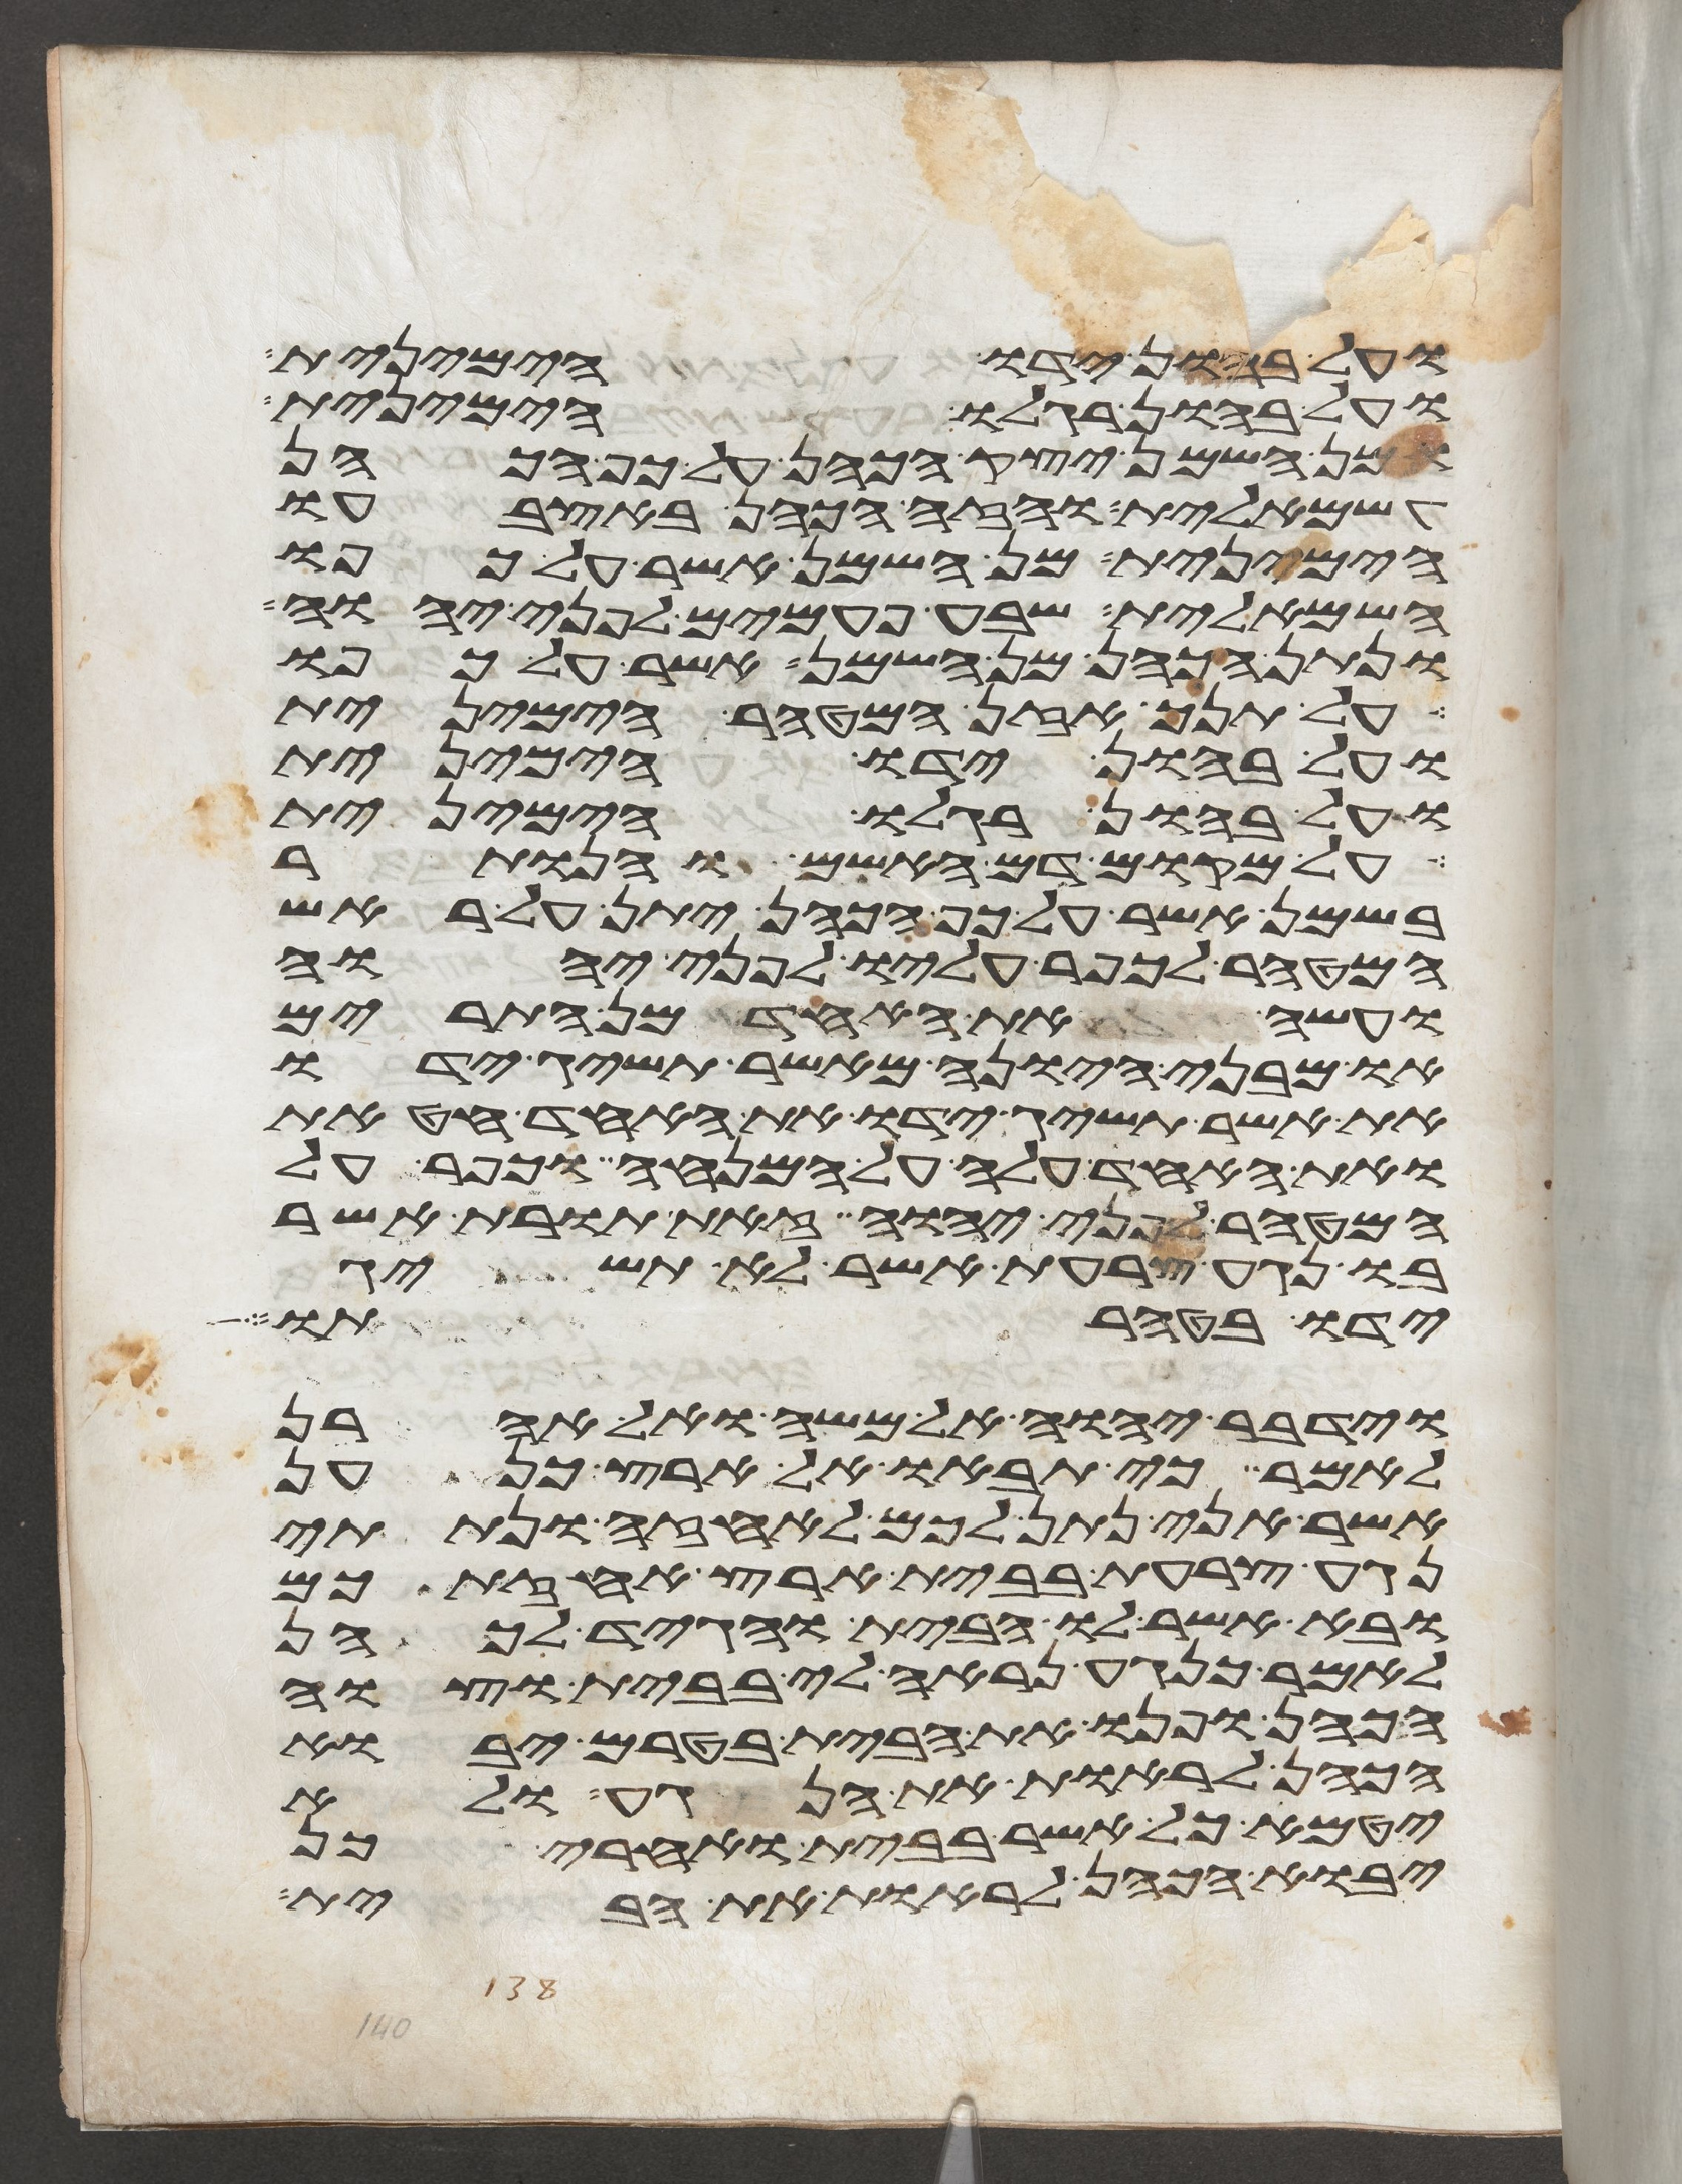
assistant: ועל בהון ידו הימנית
ועל בהון רגלו הימנית
ומן השמן יצק הכהן על כף הכהן
השמאלית והזה הכהן באצבעו
הימנית מן השמן אשר על כפו
השמאלית שבע פעמים לפני יהוה
ונתן הכהן מן השמן אשר על כפו
על תנך אזן המטהר הימנית
ועל בהון ידו הימנית
ועל בהון רגלו הימנית
על מקום דם האשם והנותר
בשמן אשר על כף הכהן יתן על ראש
המטהר לכפר עליו לפני יהוה
ועשה את האחד מן התרים
או מבני היונה מאשר תשיג ידו
את אשר תשיג ידו את האחד חטאת
ואת האחד עלה על המנחה וכפר על
המטהר לפני יהוה זאת תורת אשר
בו נגע צרעת אשר לא תשיג
ידו בטהרתו
וידבר יהוה אל משה ואל אהרן
לאמר כי תבאו אל ארץ כנען
אשר אני נתן לכם לאחזה ונתתי
נגע צרעת בבית ארץ אחזתכם
ובא אשר לו הבית והגיד לכהן
לאמר כנגע נראה לי בבית וצוה
הכהן ופנו את הבית בטרם יבוא
הכהן לראות את הנגע ולא
יטמא כל אשר בבית ואחרי כן
יבוא הכהן לראות את הבית